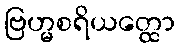
ဗြဟ္မစရိယတ္ထော